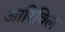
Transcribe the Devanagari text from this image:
आरिविल